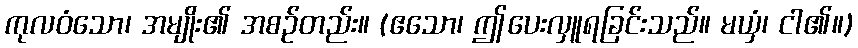
ကုလဝံသော၊ အမျိုး၏ အစဉ်တည်း။ (ဧသော၊ ဤပေးလှူရခြင်းသည်။ မယှံ၊ ငါ၏။)